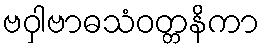
ဗဝှါဗာဓသံဝတ္တနိကာ